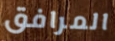
المرافق